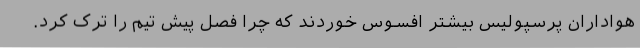
هواداران پرسپولیس بیشتر افسوس خوردند که چرا فصل پیش تیم را ترک کرد.